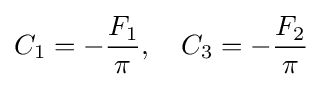
C_{1}=-{\frac {F_{1}}{\pi }},\quad C_{3}=-{\frac {F_{2}}{\pi }}